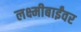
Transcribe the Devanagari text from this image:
लक्ष्मीबाईंवर